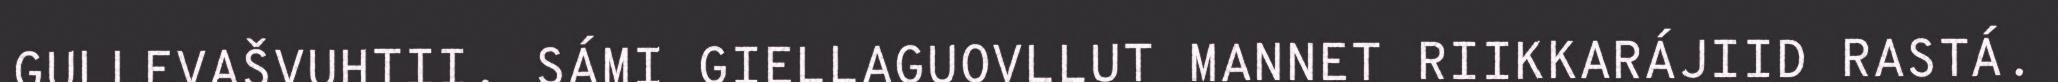
GULLEVAŠVUHTII. SÁMI GIELLAGUOVLLUT MANNET RIIKKARÁJIID RASTÁ.